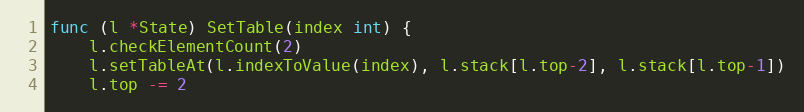
Language: Go
func (l *State) SetTable(index int) {
	l.checkElementCount(2)
	l.setTableAt(l.indexToValue(index), l.stack[l.top-2], l.stack[l.top-1])
	l.top -= 2